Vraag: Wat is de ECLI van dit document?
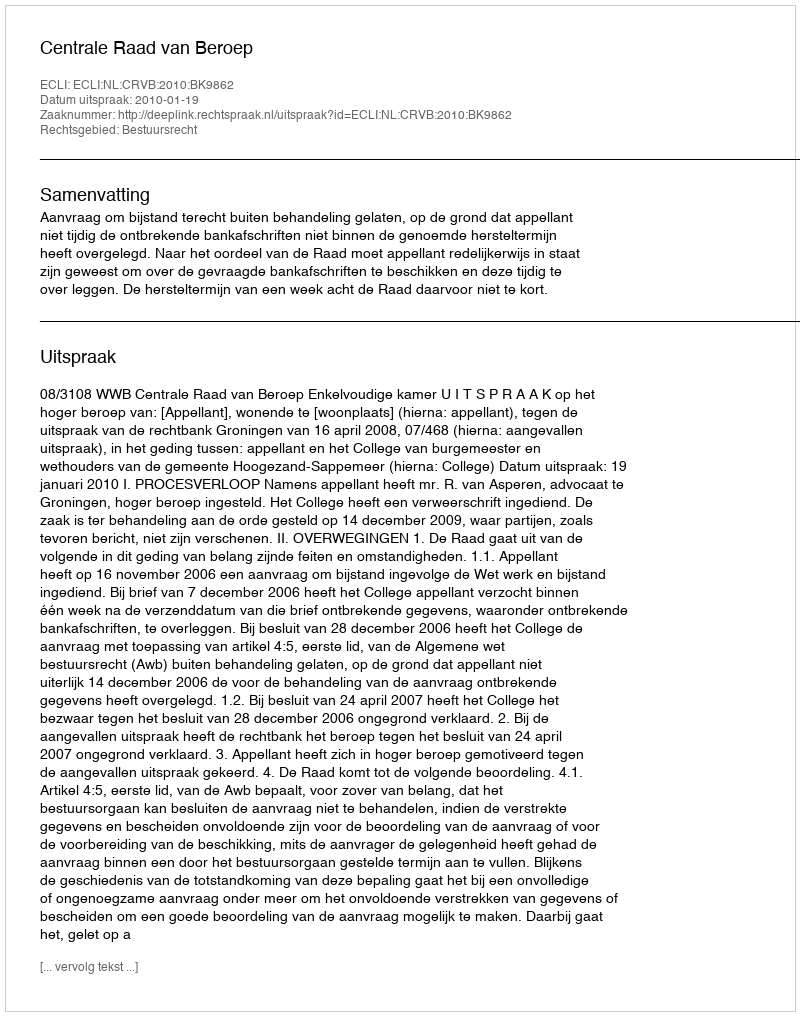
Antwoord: ECLI:NL:CRVB:2010:BK9862